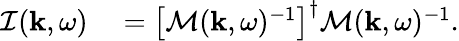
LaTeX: \begin{array}{rl}{\mathcal{I}({\mathbf k},\omega)}&{{}=\left[\mathcal{M}({\mathbf k},\omega)^{-1}\right]^{\dagger}\mathcal{M}({\mathbf k},\omega)^{-1}.}\end{array}